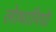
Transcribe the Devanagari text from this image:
लोथारियो